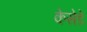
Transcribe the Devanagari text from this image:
केसेडे